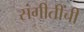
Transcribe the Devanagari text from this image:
संगीतींची